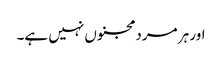
اور ہر مرد مجنوں نہیں ہے۔